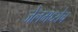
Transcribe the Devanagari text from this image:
जेलमध्येच